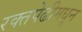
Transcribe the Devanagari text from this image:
रक्तपेढीमधून